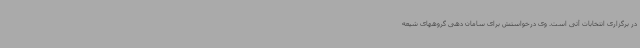
در برگزاری انتخابات آتی است. وی درخواستش برای سامان دهی گروههای شیعه